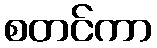
စတင်ကာ